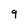
Character: 9